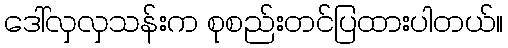
ဒေါ်လှလှသန်းက စုစည်းတင်ပြထားပါတယ်။